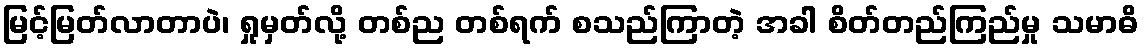
မြင့်မြတ်လာတာပဲ၊ ရှုမှတ်လို့ တစ်ည တစ်ရက် စသည်ကြာတဲ့ အခါ စိတ်တည်ကြည်မှု သမာဓိ